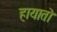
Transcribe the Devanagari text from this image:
हायातो